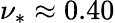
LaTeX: \nu_{*}\approx 0.40